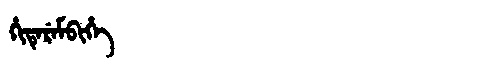
Manchu: ᡥᡳᡨᡝᡵᡝᠮᠪᡳᡥᡝ
Romanization: HITEREMBIHE